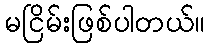
မငြိမ်းဖြစ်ပါတယ်။